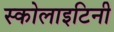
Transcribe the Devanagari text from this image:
स्कोलाइटिनी